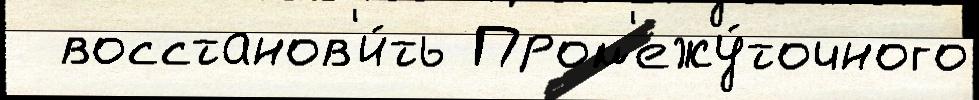
  восстанов'и́ть Пром'ежу́точного